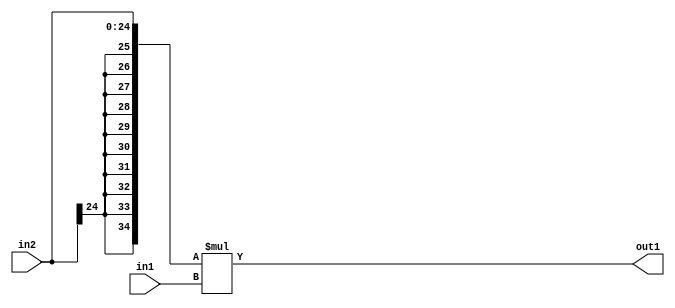
`timescale 1ps / 1ps
/*****************************************************************************
    Verilog RTL Description
    
    
    Created by: Stratus DpOpt 21.05.01 
*******************************************************************************/

module SobelFilter_Mul_25Sx20U_35S_1 (
	in2,
	in1,
	out1
	); /* architecture "behavioural" */ 
input [24:0] in2;
input [19:0] in1;
output [34:0] out1;
wire [34:0] asc001;

assign asc001 = 
	+({{10{in2[24]}}, in2} * in1);

assign out1 = asc001;
endmodule

/* CADENCE  ubP5Sgo= : u9/ySxbfrwZIxEzHVQQV8Q== ** DO NOT EDIT THIS LINE ******/